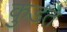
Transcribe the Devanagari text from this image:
कुडते